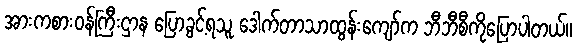
အားကစားဝန်ကြီးဌာန ပြောခွင့်ရသူ ဒေါက်တာသာထွန်းကျော်က ဘီဘီစီကိုပြောပါတယ်။